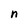
Character: n